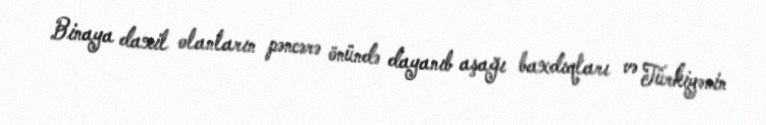
Binaya daxil olanların pəncərə önündə dayanıb aşağı baxdıqları və Türkiyənin